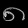
Digit: ၈